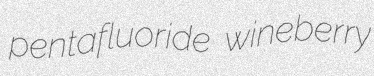
pentafluoride wineberry